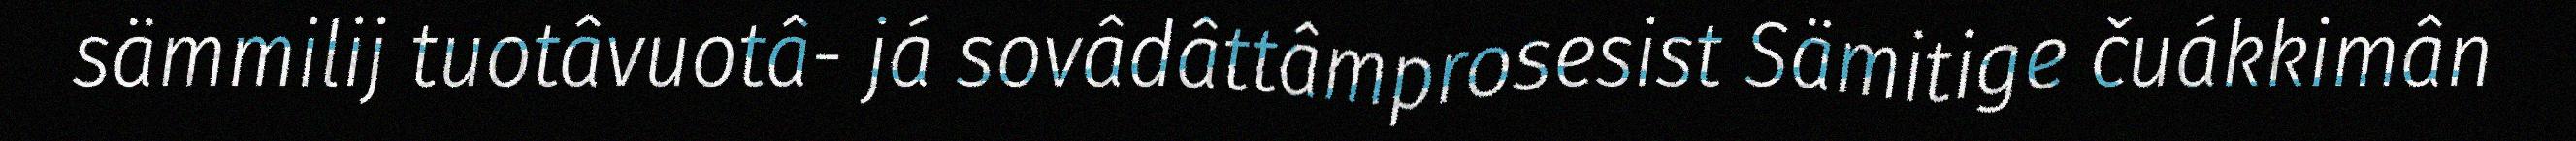
sämmilij tuotâvuotâ- já sovâdâttâmprosesist Sämitige čuákkimân